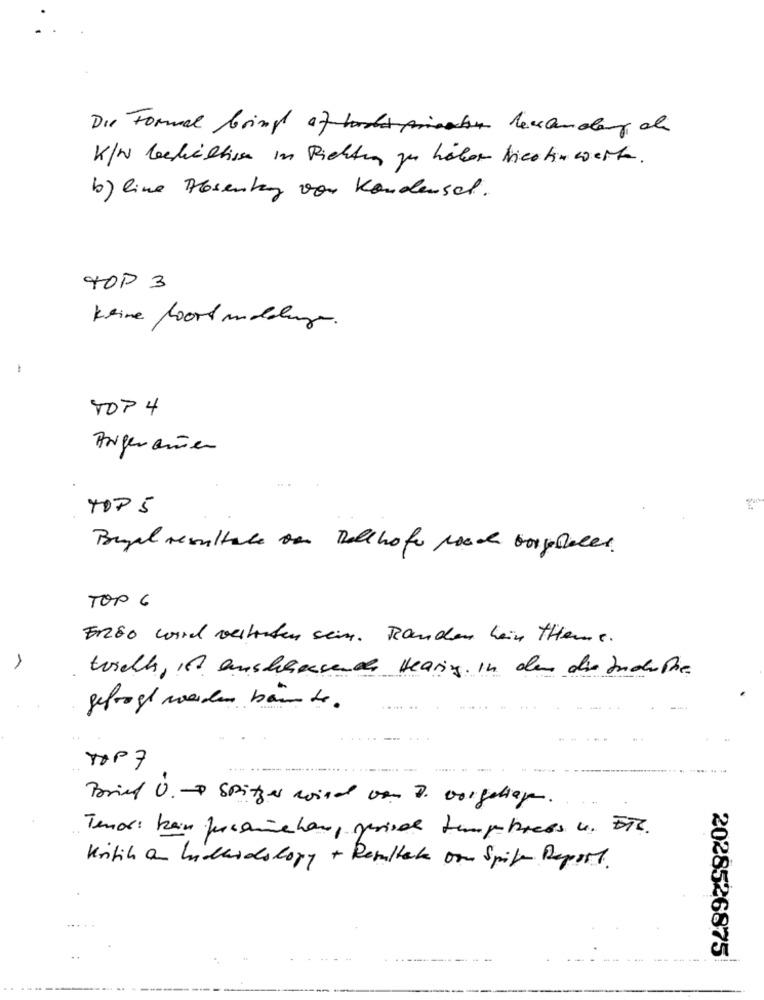
Die Formal bringt ofthemonday at
K/W behältisse in Richten zu haben Nicotin werte.
b) line Absentany von Kondensat .
TOP 3
Keine hoort undeluge.
TOP 4
TOP 5
Brugal resultate on Ball hofe pooch borgheles .
TOP 6
Erzso wird weitesten sein. Randen hain theme.
torell, is enshemsench Hearing. In dem die JudePhe.
gefragt werden bain de.
TOP 7
Brief U. - Spitzes wird von D. vorgeliag.
Tenor: kein pushinghan, periode temptress u. Ers.
Kritik a Lidardology + Resultat one Spike Report.
2028526875